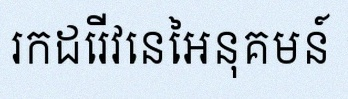
រកដេរីវេនៃអនុគមន៍